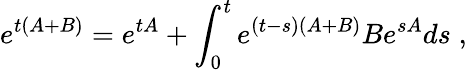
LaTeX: e^{t(A+B)}=e^{tA}+\int_{0}^{t}e^{(t-s)(A+B)}Be^{sA}ds\; ,